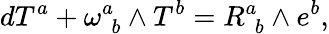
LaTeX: dT^{a}+\omega_{\, \, b}^{a}\wedge T^{b}=R_{\, \, b}^{a}\wedge e^{b},